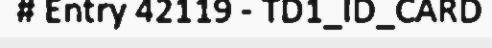
# Entry 42119 - TD1_ID_CARD